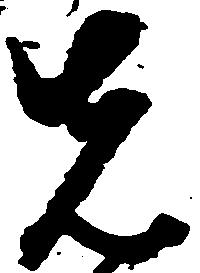
先